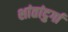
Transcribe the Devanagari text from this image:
शांतांदुर्गा